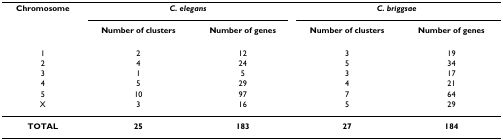
<table><thead><tr><td><b>Chromosome</b></td><td colspan="2"><b><i>C. elegans</i></b></td><td colspan="2"><b><i>C. briggsae</i></b></td></tr><tr><td></td><td><b>Number of clusters</b></td><td><b>Number of genes</b></td><td><b>Number of clusters</b></td><td><b>Number of genes</b></td></tr></thead><tbody><tr><td>1</td><td>2</td><td>12</td><td>3</td><td>19</td></tr><tr><td>2</td><td>4</td><td>24</td><td>5</td><td>34</td></tr><tr><td>3</td><td>1</td><td>5</td><td>3</td><td>17</td></tr><tr><td>4</td><td>5</td><td>29</td><td>4</td><td>21</td></tr><tr><td>5</td><td>10</td><td>97</td><td>7</td><td>64</td></tr><tr><td>X</td><td>3</td><td>16</td><td>5</td><td>29</td></tr><tr><td><b>TOTAL</b></td><td><b>25</b></td><td><b>183</b></td><td><b>27</b></td><td><b>184</b></td></tr></tbody></table>